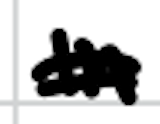
Text: In
Cross-out: mix
Writing tool: digital_black